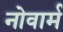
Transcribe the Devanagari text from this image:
नोवार्म